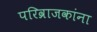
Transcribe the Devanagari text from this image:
परिव्राजकांना